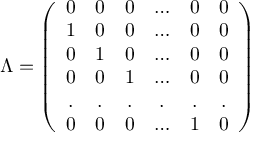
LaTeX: \Lambda = \left( \begin{array} { c c c c c c } { { 0 } } & { { 0 } } & { { 0 } } & { { \ldots } } & { { 0 } } & { { 0 } } \\ { { 1 } } & { { 0 } } & { { 0 } } & { { \ldots } } & { { 0 } } & { { 0 } } \\ { { 0 } } & { { 1 } } & { { 0 } } & { { \ldots } } & { { 0 } } & { { 0 } } \\ { { 0 } } & { { 0 } } & { { 1 } } & { { \ldots } } & { { 0 } } & { { 0 } } \\ { { . } } & { { . } } & { { . } } & { { . } } & { { . } } & { { . } } \\ { { 0 } } & { { 0 } } & { { 0 } } & { { \ldots } } & { { 1 } } & { { 0 } } \end{array} \right)